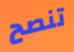
تنصح